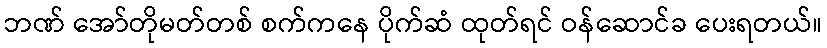
ဘဏ် အော်တိုမတ်တစ် စက်ကနေ ပိုက်ဆံ ထုတ်ရင် ဝန်ဆောင်ခ ပေးရတယ်။